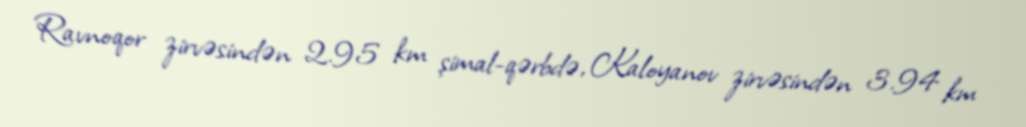
Ravnoqor zirvəsindən 2.95 km şimal-qərbdə, Kaloyanov zirvəsindən 3.94 km